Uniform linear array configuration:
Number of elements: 8
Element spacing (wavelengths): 1
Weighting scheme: binomial
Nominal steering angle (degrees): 15
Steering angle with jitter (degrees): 16.125
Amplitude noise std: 0.05
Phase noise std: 0.05

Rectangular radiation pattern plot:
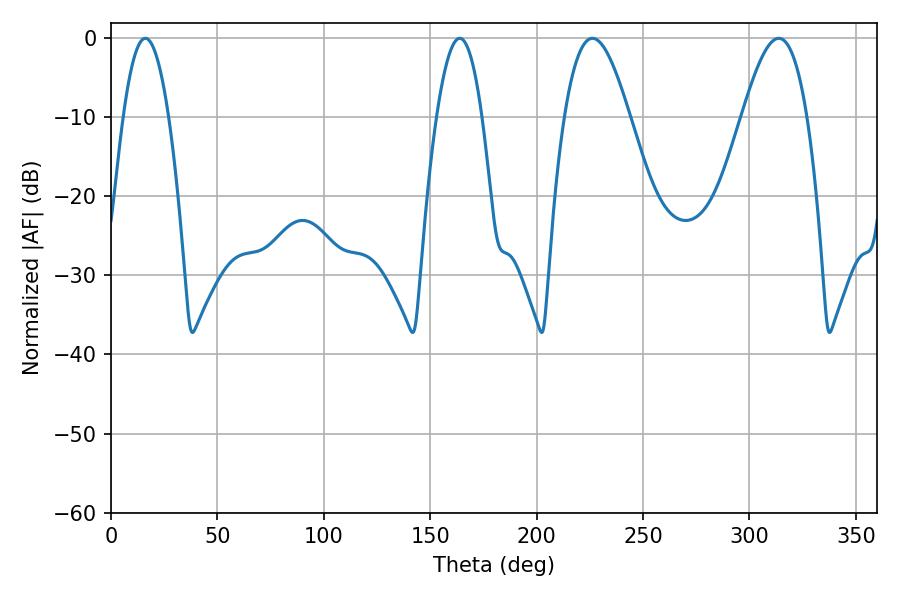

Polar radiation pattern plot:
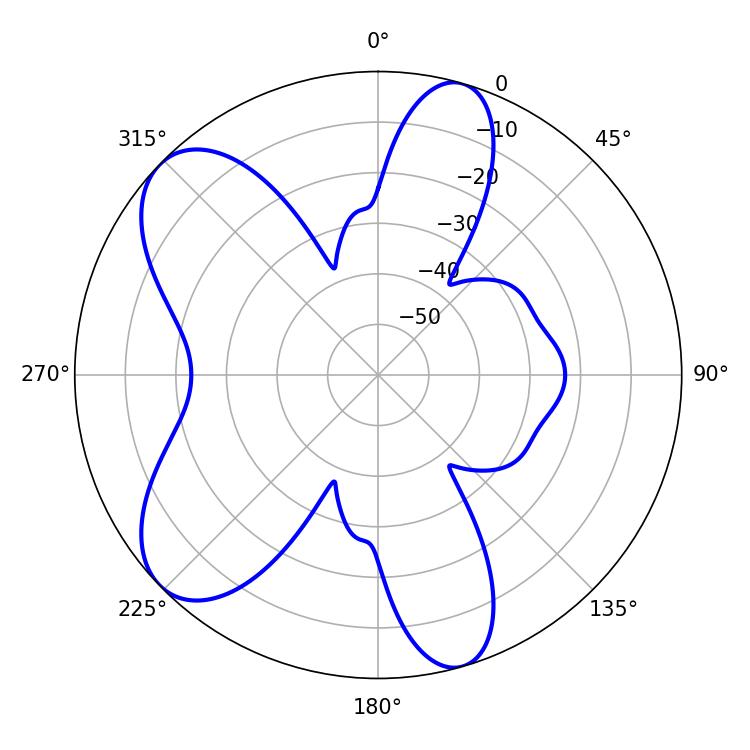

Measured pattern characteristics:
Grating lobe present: TRUE
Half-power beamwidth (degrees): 16.38
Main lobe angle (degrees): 226.26